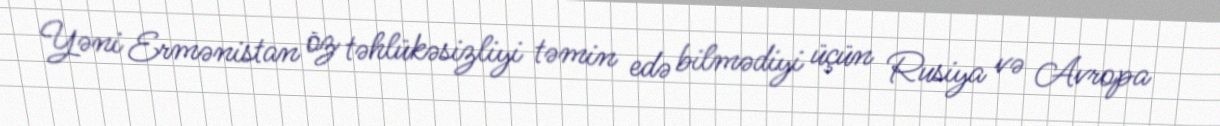
Yəni Ermənistan öz təhlükəsizliyi təmin edə bilmədiyi üçün Rusiya və Avropa